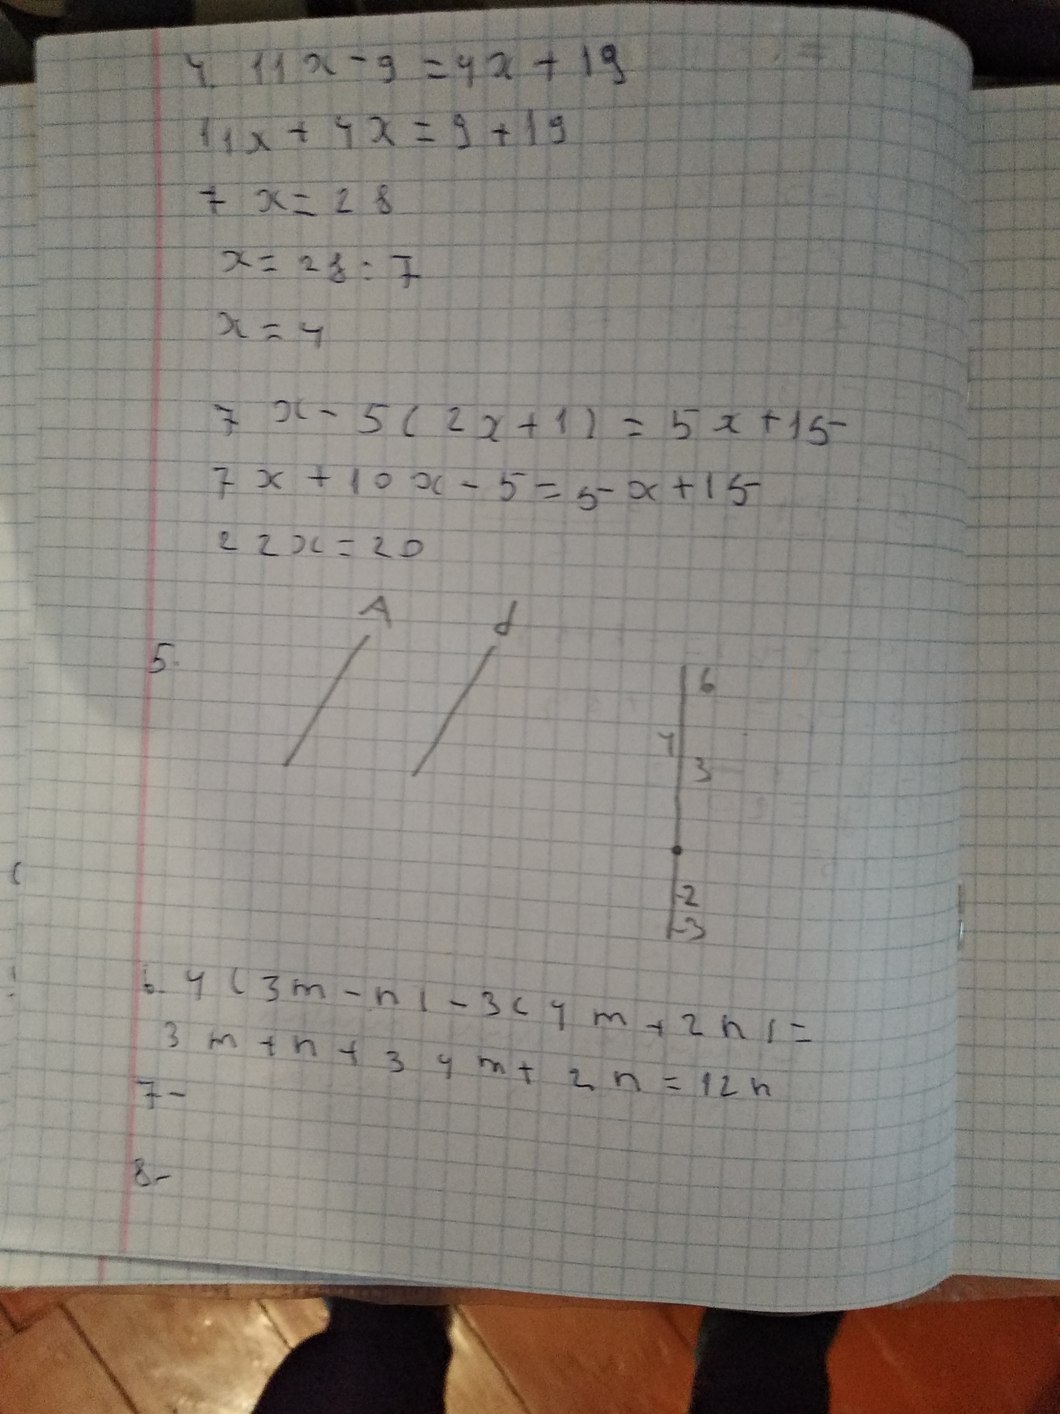
4. 11x - 9 = 4x + 19
14x + 4x = 9 + 19
7x = 28
x = 28 : 7
x = 4
7 x - 5 ( 2 x + 1 ) = 5 x + 15
7 x + 10 x - 5 = 5 - x + 15
22x = 20
5.
6. 4 ( 3 m - n ) - 3 ( 4 m + 2 n ) =
3 m + n + 3 4 m + 2 n = 12 n
7 -
8 -